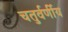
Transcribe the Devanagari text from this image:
चतुर्वर्णीय